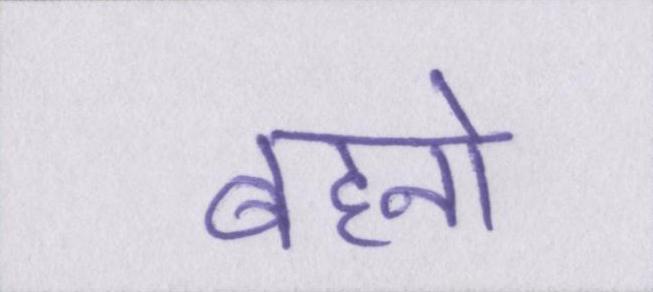
बहनो